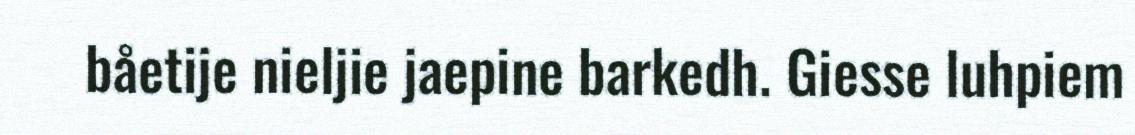
båetije nieljie jaepine barkedh. Giesse luhpiem